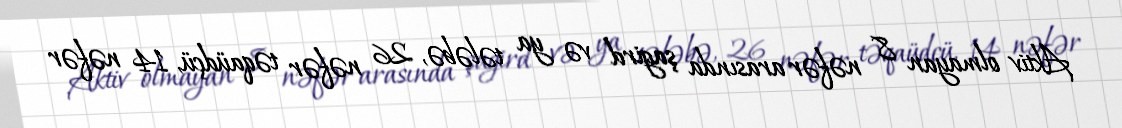
Aktiv olmayan 8 nəfər arasında şagird və ya tələbə, 26 nəfər təqaüdçü, 14 nəfər